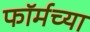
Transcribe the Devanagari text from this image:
फॉर्मच्या